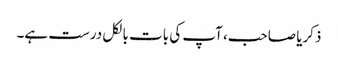
ذکریا صاحب، آپ کی بات بالکل درست ہے۔